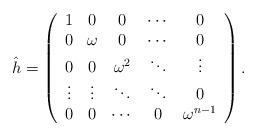
LaTeX: \begin{align*}\hat{h}=\left( \begin{array}{ccccc}1 & 0 & 0 & \cdots & 0 \\ 0 & \omega & 0 & \cdots & 0 \\ 0 & 0 & \omega ^{2} & \ddots & \vdots \\ \vdots & \vdots & \ddots & \ddots & 0 \\ 0 & 0 & \cdots & 0 & \omega ^{n-1}\end{array}\right) .\end{align*}